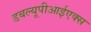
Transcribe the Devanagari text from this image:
डबल्यूपीआईएक्स